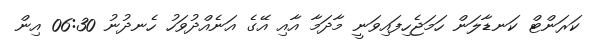
ކަރަންޓް ކަނޑާލަން ހަމަޖެހިފައިވަނީ މާދަމާ އާއި އޭގެ އަނެއްދުވަހު ހެނދުނު 06:30 އިން